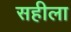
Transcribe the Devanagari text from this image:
सहीला